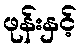
ဖုန်းနှင့်